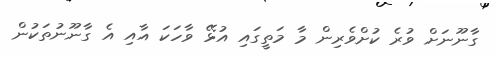
ގާނޫނަށް ވުރެ ކުށްވެރިން މާ މަތީގައި އުޅޭ ވާހަކަ އާއި އެ ގާނޫނުތަކުން